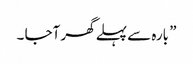
” بارہ سے پہلے گھر آجا ۔